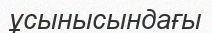
ұсынысындағы